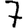
Digit: 7